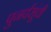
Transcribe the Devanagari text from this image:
पुनर्वसूंची